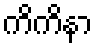
ကိကိနာ